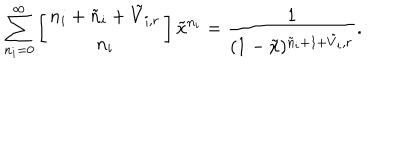
\sum _ { n _ { i } = 0 } ^ { \infty } \left[ \begin{array} { c } { { n _ { i } + \tilde { n } _ { i } + \tilde { V } _ { i , r } } } \\ { { n _ { i } } } \\ \end{array} \right] \tilde { x } ^ { n _ { i } } = \frac { 1 } { ( 1 - \tilde { x } ) ^ { \tilde { n } _ { i } + 1 + \tilde { V } _ { i } , r } } .